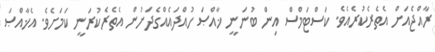
ރާއްޖެއަށް އެތެރެކުރެއެވެ. ކަސްޓަމްސް އިން ބުނަނީ ޚާއްޞަ ހުއްދައެއްގެދަށުން އެތެރެކުރަނީ ކަމަށެވެ. އެޚާއްޞަ